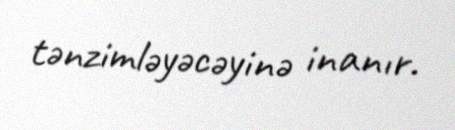
tənzimləyəcəyinə inanır.